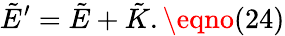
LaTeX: \tilde{E}^{\prime}=\tilde{E}+\tilde{K}.\eqno(24)